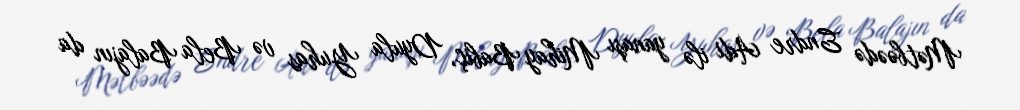
Mətbəədə Endre Adi ilə yanaşı Mihay Babiç, Dyula Yuhas və Bela Balajın da